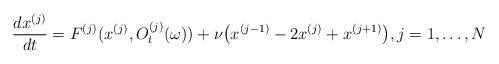
LaTeX: \begin{align*}\frac{dx^{(j)}}{dt}=F^{(j)}(x^{(j)},O_t^{(j)}(\omega ))+\nu \big(x^{(j-1)}-2x^{(j)}+x^{(j+1)}\big),j=1,\dots ,N\end{align*}